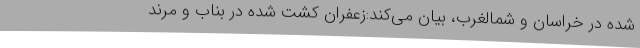
شده در خراسان و شمالغرب، بیان می‌کند:زعفران کشت شده در بناب و مرند